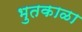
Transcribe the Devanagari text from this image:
भुतकाळा